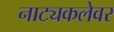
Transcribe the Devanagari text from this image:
नाट्यकलेवर